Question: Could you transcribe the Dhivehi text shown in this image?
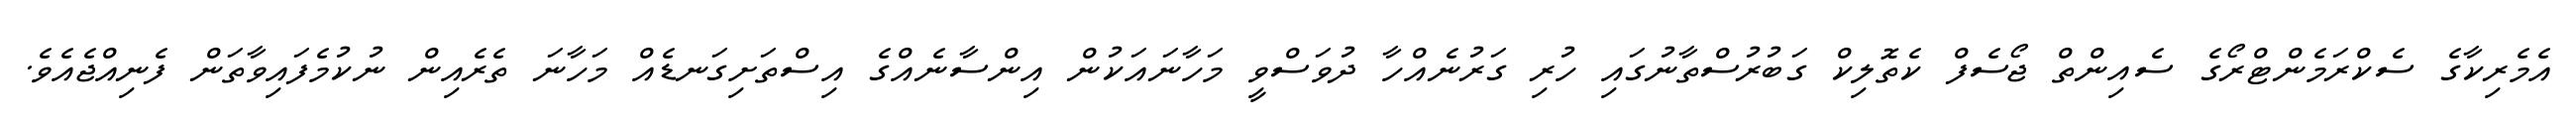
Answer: އެމެރިކާގެ ސެކްރަމެންޓްރޯގެ ސެއިންތް ޖޯސެފް ކެތޮލިކް ގަބުރުސްތާނުގައި ހުރި ގަރުނެއްހާ ދުވަސްވީ މަހާނައަކުން އިންސާނެއްގެ އިސްތަށިގަނޑެއް މަހާނަ ތެރެއިން ނުކުމެފައިވާތަން ފެނިއްޖެއެވެ.